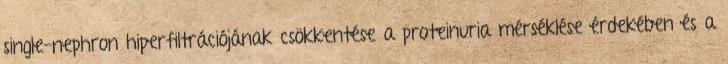
single-nephron hiperfiltrációjának csökkentése a proteinuria mérséklése érdekében és a